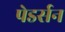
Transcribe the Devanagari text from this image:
पेडर्सन